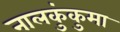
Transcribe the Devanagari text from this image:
नालकुंकुमा